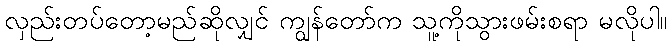
လှည်းတပ်တော့မည်ဆိုလျှင် ကျွန်တော်က သူ့ကိုသွားဖမ်းစရာ မလိုပါ။